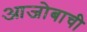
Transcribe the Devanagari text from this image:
आजोबाची